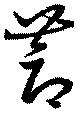
蓐